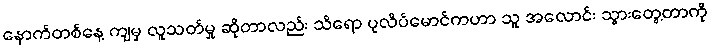
နောက်တစ်နေ့ ကျမှ လူသတ်မှု ဆိုတာလည်း သိရော ပုလိပ်မောင်ကဟာ သူ အလောင်း သွားတွေ့တာကို